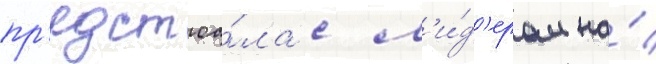
пр'едстоа́ла с л'и́д'ером на́